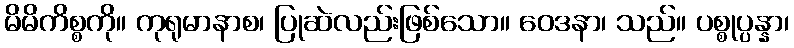
မိမိကိစ္စကို။ ကုရုမာနာစ၊ ပြုဆဲလည်းဖြစ်သော။ ဝေဒနာ၊ သည်။ ပစ္စုပ္ပန္နာ၊